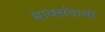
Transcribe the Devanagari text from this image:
मार्क्सवाधी